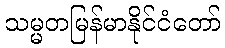
သမ္မတမြန်မာနိုင်ငံတော်